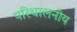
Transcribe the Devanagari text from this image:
परिचालनीय